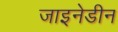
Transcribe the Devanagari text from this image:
जाइनेडीन